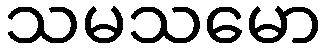
သမသမော